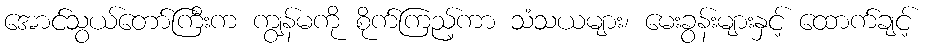
အောင်သွယ်တော်ကြီးက ကျွန်မကို စိုက်ကြည့်ကာ သံသယများ၊ မေးခွန်းများနှင့် ထောက်ချင့်